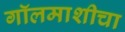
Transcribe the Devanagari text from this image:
गॉलमाशीचा